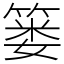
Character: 篓